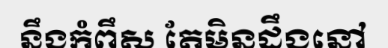
នឹងកំពឹស តែមិនដឹងនៅ